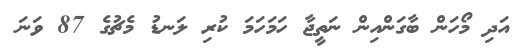
އަދި މޯހަން ބާގަންއިން ނަތީޖާ ހަމަހަމަ ކުރި ލަނޑު މެޗުގެ 87 ވަނަ